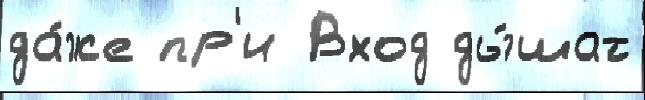
да́же пр'и Вход ды́шат